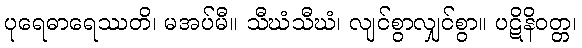
ပုရေဓာရေဿတိ၊ မအပ်မီ။ သီဃံသီဃံ၊ လျင်စွာလျှင်စွာ။ ပဋိနိဝတ္တ၊